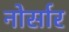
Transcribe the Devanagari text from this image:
नोर्सार